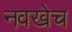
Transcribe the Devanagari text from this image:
नवखेच